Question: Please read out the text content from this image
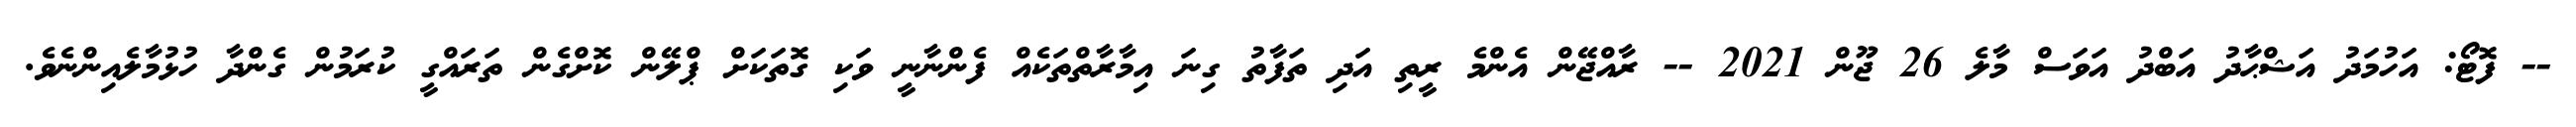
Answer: -- ފޮޓޯ: އަހުމަދު އަޝްޙާދު އަބްދު އަވަސް މާލެ 26 ޖޫން 2021 -- ރާއްޖޭން އެންމެ ރީތި އަދި ތަފާތު ގިނަ އިމާރާތްތަކެއް ފެންނާނީ ވަކި ގޮތަކަށް ޕްލޭން ކޮށްގެން ތަރައްގީ ކުރަމުން ގެންދާ ހުޅުމާލެއިންނެވެ.